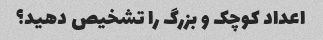
اعداد کوچک و بزرگ را تشخیص دهید؟